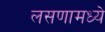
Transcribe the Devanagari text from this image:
लसणामध्ये